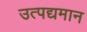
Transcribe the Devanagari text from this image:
उत्पद्यमान